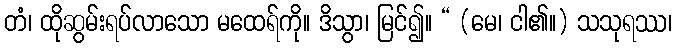
တံ၊ ထိုဆွမ်းရပ်လာသော မထေရ်ကို။ ဒိသွာ၊ မြင်၍။ “ (မေ၊ ငါ၏။) သသုရဿ၊